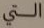
التي